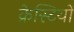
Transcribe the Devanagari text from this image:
क्रेस्टियों